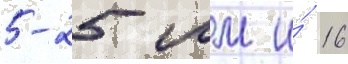
5-25 мм и́ 16